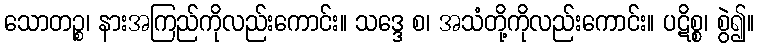
သောတဉ္စ၊ နားအကြည်ကိုလည်းကောင်း။ သဒ္ဒေ စ၊ အသံတို့ကိုလည်းကောင်း။ ပဋိစ္စ၊ စွဲ၍။